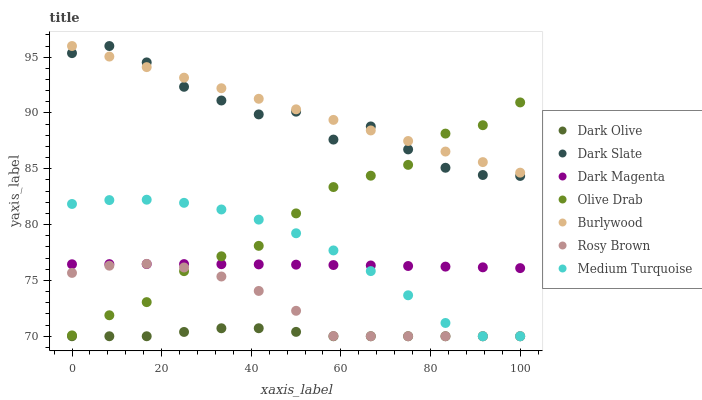
| xaxis_label | Dark Olive | Dark Slate | Dark Magenta | Olive Drab | Burlywood | Rosy Brown | Medium Turquoise |
 | --- | --- | --- | --- | --- | --- | --- | --- |
 | 0 | 70 | 95.4 | 76.4 | 70.1 | 96 | 75.7 | 81.8 |
 | 8.33 | 70 | 96 | 76.5 | 71.9 | 95.1 | 76.3 | 82.2 |
 | 16.7 | 70 | 94.5 | 76.5 | 73.1 | 94.1 | 76.5 | 82.2 |
 | 25 | 70.4 | 92.3 | 76.5 | 75.8 | 93.2 | 76.2 | 82 |
 | 33.3 | 70.7 | 91.1 | 76.5 | 77.2 | 92.2 | 75.4 | 81.4 |
 | 41.7 | 70.7 | 89.9 | 76.4 | 78.1 | 91.3 | 74.1 | 80.4 |
 | 50 | 70.4 | 90.1 | 76.4 | 81 | 90.3 | 72.3 | 79.2 |
 | 58.3 | 70 | 87.6 | 76.4 | 83.4 | 89.4 | 70 | 77.7 |
 | 66.7 | 70 | 88.8 | 76.3 | 84.4 | 88.4 | 70 | 75.8 |
 | 75 | 70 | 86.7 | 76.3 | 85.4 | 87.5 | 70 | 73.7 |
 | 83.3 | 70 | 85.1 | 76.2 | 88.2 | 86.5 | 70 | 71.2 |
 | 91.7 | 70 | 84.4 | 76.2 | 88.9 | 85.6 | 70 | 70 |
 | 100 | 70 | 84.4 | 76.1 | 90.9 | 84.7 | 70 | 70 |